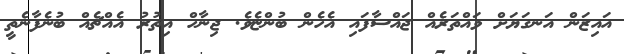
އައިޒަން އަނގަޔަށް ވައްތަރެއް ޖައްސާފައި އެހެން ބުންޏެވެ. ޖިނާހް އިތުރު އެއްޗެއް ބުނެފާނެތީ